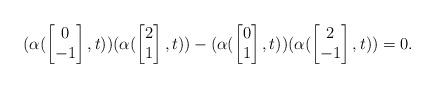
LaTeX: \begin{align*}(\alpha(\begin{bmatrix}0\\-1\end{bmatrix},t))(\alpha(\begin{bmatrix}2\\1\end{bmatrix},t))-(\alpha(\begin{bmatrix}0\\1\end{bmatrix},t))(\alpha(\begin{bmatrix}2\\-1\end{bmatrix},t))=0.\end{align*}